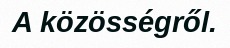
A közösségről.